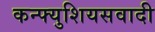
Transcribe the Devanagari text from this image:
कन्फ्युशियसवादी